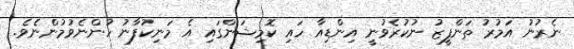
ނެރުނު އަމުރު ތަންފީޒު ނުކުރެވުނީ އިންޑިއާ ހައި ކޮމިޝަންގައި އެ މަނިކުފާނު ހުންނެވުމުންނެވެ.